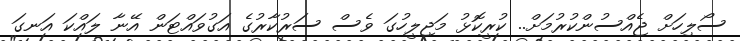
ސޯލިހަށް ޖެއްސުންކުރުމަށް.. ކުރީކޮޅު މަޖިލީހުގަ ވެސް ސަރުކާރުގެ އަގުވައްޓަން އޭނާ ލައްކަ އަނގަ